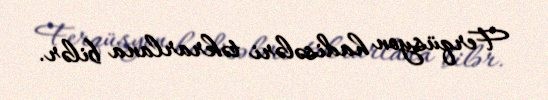
Ferqüsyon hadisələri təkrarlana bilər.